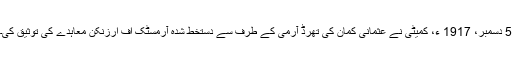
5 دسمبر، 1917 ء، کمیٹی نے عثمانی کمان کی تھرڈ آرمی کے طرف سے دستخط شدہ آرمسٹک اف ارزنکن معاہدے کی توثیق کی۔